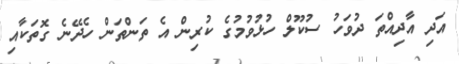
އަދި އާދިއްތަ ދުވަހު ސުކޫލް ހުޅުވުމުގެ ކުރިން އެ ތަންތަން ހެދޭނެ ގޮތަކާއި